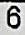
6